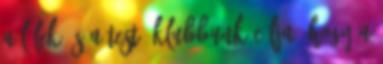
a lélek és a test. Klubbunk célja, hogy a